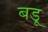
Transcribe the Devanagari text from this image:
बडू